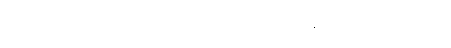
ကိုယ့်စခခန်းကိုယ်ပြန်ပြီး ကိုယ်စားလှယ်တွေ သေသေချာချာရွေးမယ်၊ ပြီးတော့